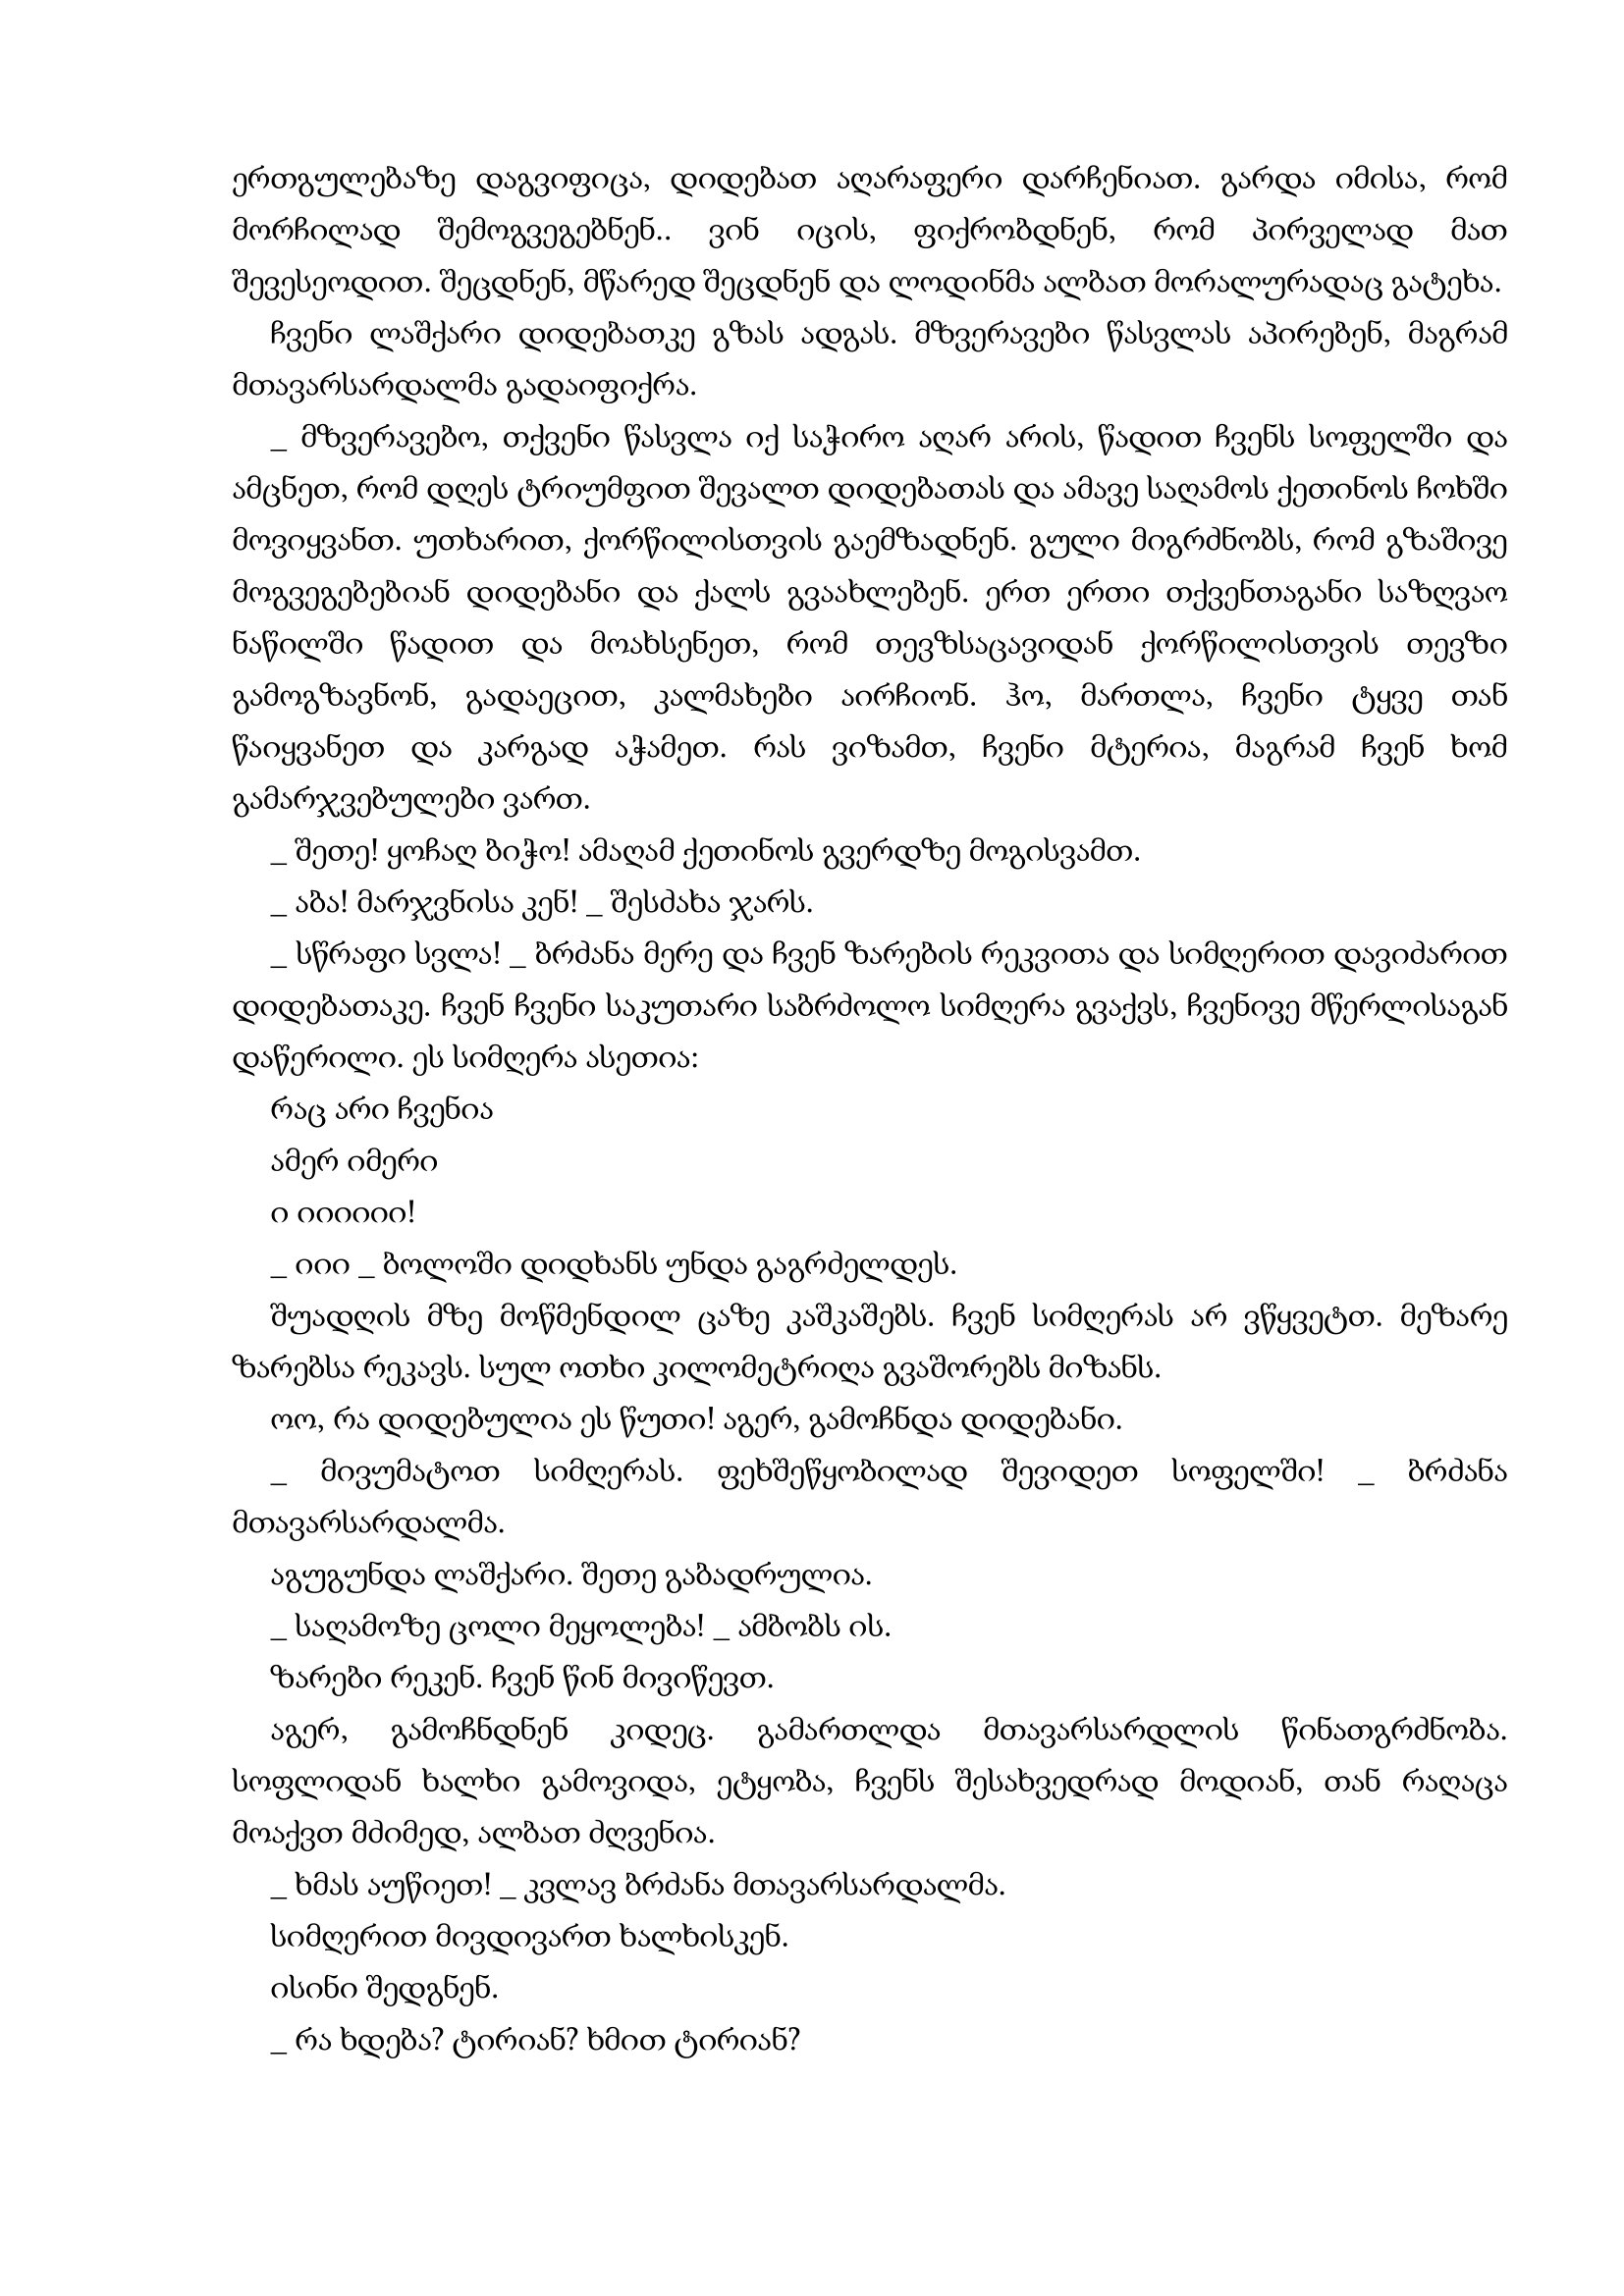
Language: gr